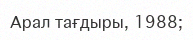
Арал тағдыры, 1988;